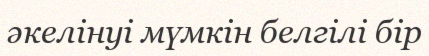
әкелінуі мүмкін белгілі бір